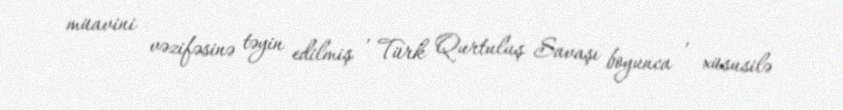
müavini vəzifəsinə təyin edilmiş , Türk Qurtuluş Savaşı boyunca , xüsusilə